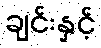
ချင်းနှင့်